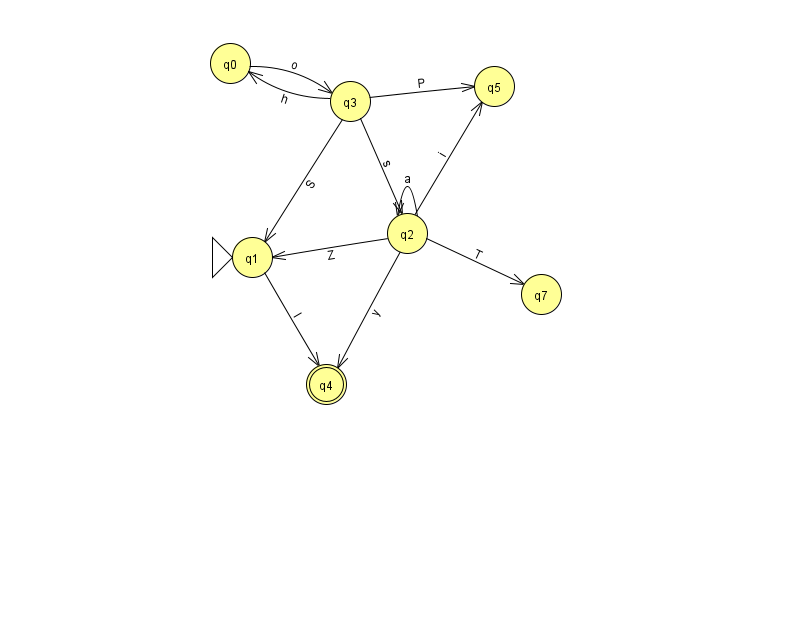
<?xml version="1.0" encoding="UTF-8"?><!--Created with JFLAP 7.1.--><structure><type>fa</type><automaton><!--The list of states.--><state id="0" name="q0"><x>230.0</x><y>50.0</y></state><state id="1" name="q1"><x>252.0</x><y>244.0</y><initial/></state><state id="2" name="q2"><x>407.0</x><y>220.0</y></state><state id="3" name="q3"><x>350.0</x><y>88.0</y></state><state id="4" name="q4"><x>326.0</x><y>371.0</y><final/></state><state id="5" name="q5"><x>494.0</x><y>73.0</y></state><state id="7" name="q7"><x>541.0</x><y>281.0</y></state><!--The list of transitions.--><transition><from>2</from><to>7</to><read>T</read></transition><transition><from>2</from><to>2</to><read>a</read></transition><transition><from>0</from><to>3</to><read>o</read></transition><transition><from>2</from><to>4</to><read>y</read></transition><transition><from>3</from><to>0</to><read>h</read></transition><transition><from>3</from><to>1</to><read>S</read></transition><transition><from>2</from><to>1</to><read>Z</read></transition><transition><from>3</from><to>2</to><read>s</read></transition><transition><from>3</from><to>5</to><read>P</read></transition><transition><from>1</from><to>4</to><read>l</read></transition><transition><from>2</from><to>5</to><read>i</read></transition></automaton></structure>